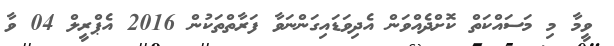
ވީމާ މި މަސައްކަތް ކޮށްދެއްވަން އެދިވަޑައިގަންނަވާ ފަރާތްތަކުން 2016 އެޕްރީލް 04 ވާ